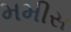
મમીસ